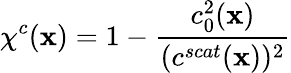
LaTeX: \chi^{c}(\textbf{x})=1-\frac{c_{0}^{2}(\textbf{x})}{(c^{scat}(\textbf{x}))^{2}}